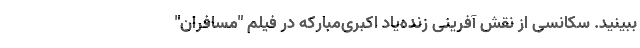
ببینید. سکانسی از نقش آفرینی زنده‌یاد اکبری‌مبارکه در فیلم "مسافران"